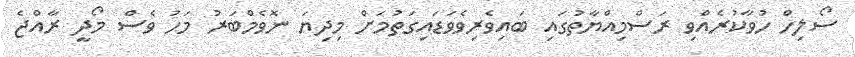
ސޯލިހް ހުވާކުރެއްވި ރަސްމިއްޔާތުގައި ބައިވެރިވެވަޑައިގަތުމަށް މިދިޔަ ނޮވެމްބަރު މަހު ވެސް މޯދީ ރާއްޖެ